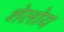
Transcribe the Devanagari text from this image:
शेलोय